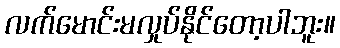
လက်မောင်းမလှုပ်နိုင်တော့ပါဘူး။